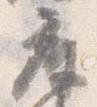
座